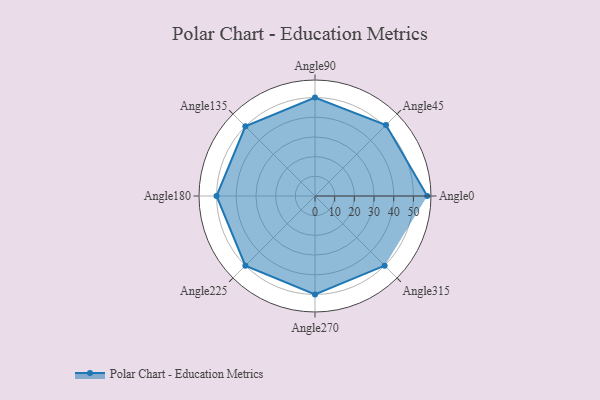
{"axis": {"x": "Angle", "y": "Radius"}, "legend": [""], "data": [{"x": "Angle0", "y": 57.0, "type": ""}, {"x": "Angle45", "y": 51.0, "type": ""}, {"x": "Angle90", "y": 50, "type": ""}, {"x": "Angle135", "y": 50, "type": ""}, {"x": "Angle180", "y": 50, "type": ""}, {"x": "Angle225", "y": 50, "type": ""}, {"x": "Angle270", "y": 50, "type": ""}, {"x": "Angle315", "y": 50, "type": ""}]}